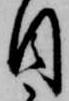
目